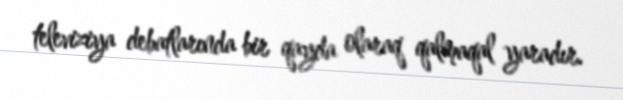
televiziya debatlarında bir qayda olaraq qalmaqal yaradır.